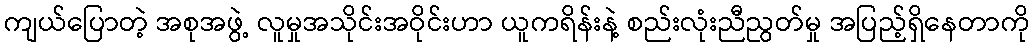
ကျယ်ပြောတဲ့ အစုအဖွဲ့ လူမှုအသိုင်းအဝိုင်းဟာ ယူကရိန်းနဲ့ စည်းလုံးညီညွတ်မှု အပြည့်ရှိနေတာကို